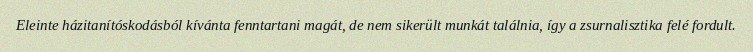
Eleinte házitanítóskodásból kívánta fenntartani magát, de nem sikerült munkát találnia, így a zsurnalisztika felé fordult.